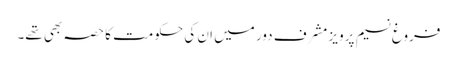
فروغ نسیم پرویز مشرف دور میں ان کی حکومت کا حصہ بھی تھے۔